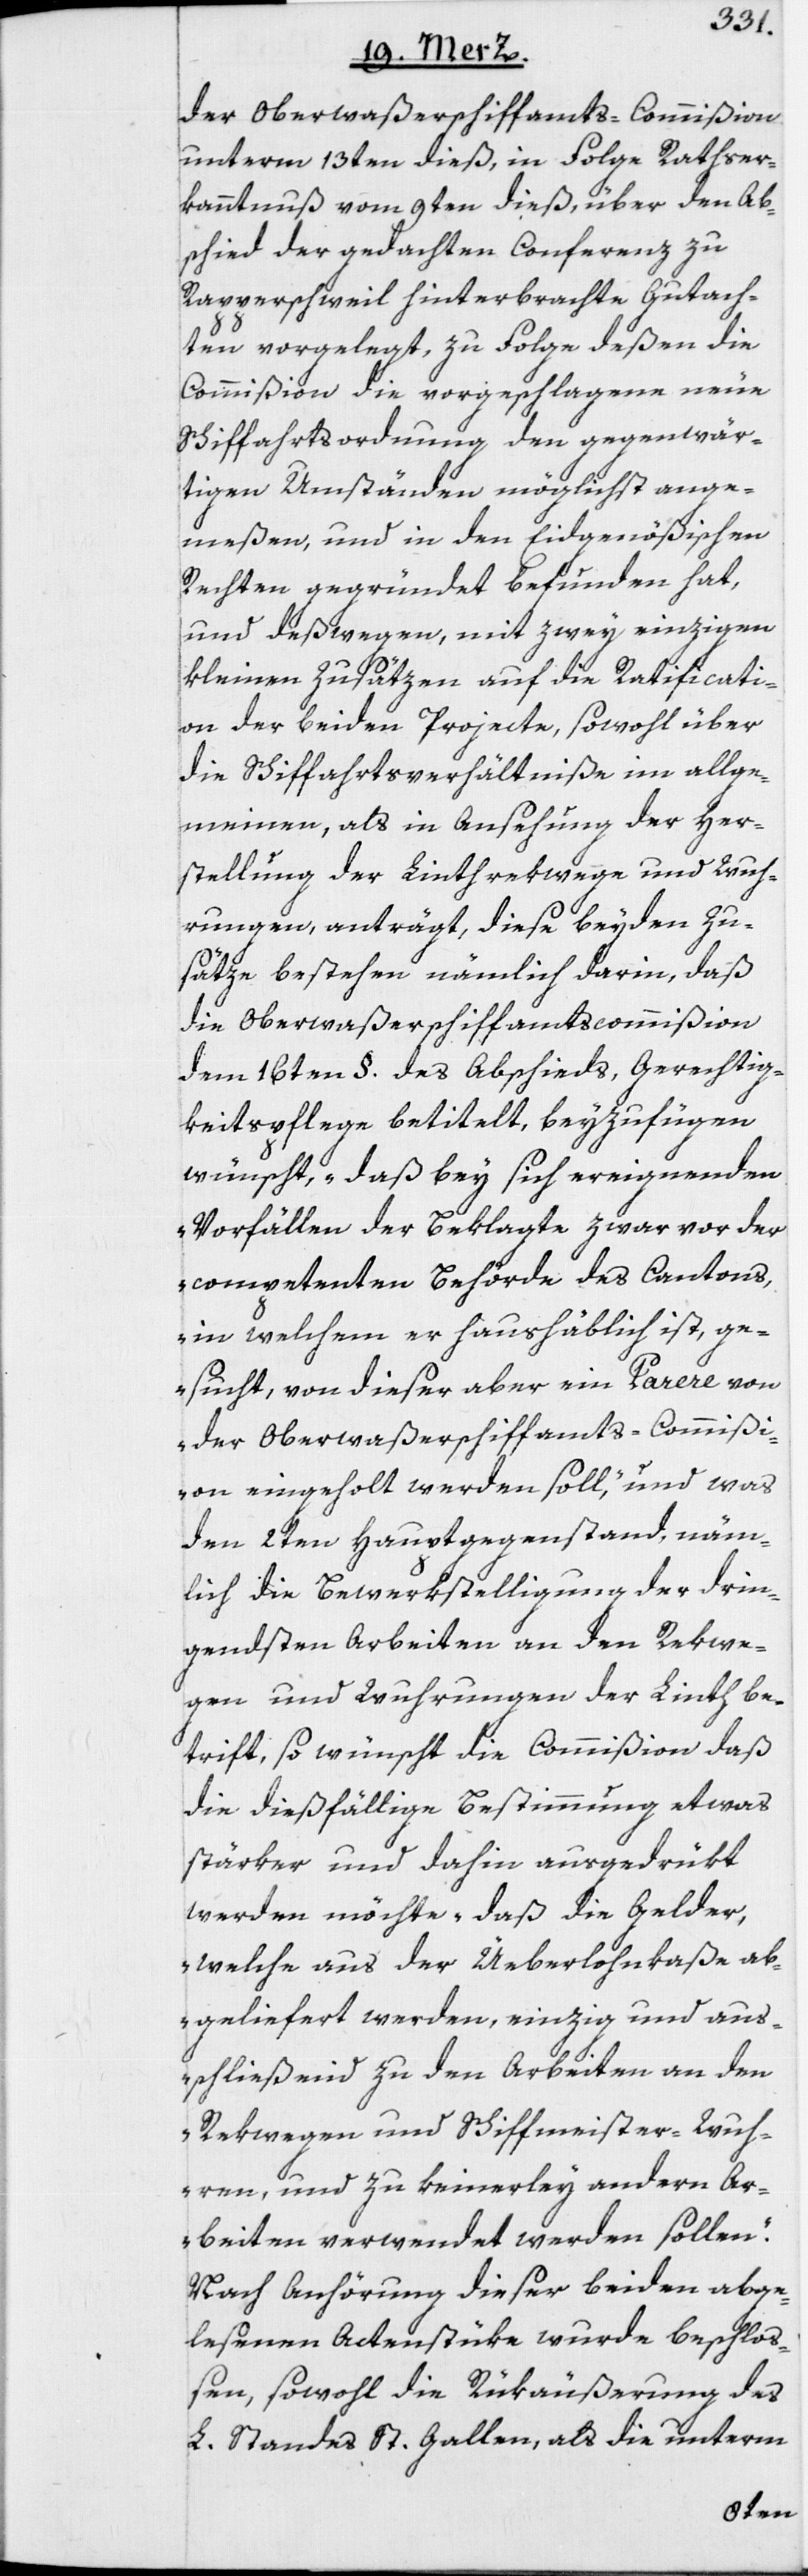
der Oberwaßerschiffamts-Commißion
unterm 13ten dieß, in Folge Rathser¬
kanntnuß vom 9ten dieß, über den Ab¬
schied der gedachten Conferenz zu
Rapperschweil hinterbrachte Gutach¬
ten vorgelegt, zu Folge deßen die
Commißion die vorgeschlagene neue
Schiffahrtsordung den gegenwär¬
tigen Umständen möglichst ange¬
meßen, und in den Eidgenößischen
Rechten gegründet befunden hat,
und deßwegen, mit zwey einzigen
kleinen Zusätzen auf die Ratificati¬
on der beiden Projecte, sowohl über
die Schiffahrtsverhältniße im allge¬
meinen, als in Ansehung der Her¬
stellung der Linthrekwege und Wuh¬
rungen, anträgt, diese beyden Zu¬
sätze bestehen nämlich darin, daß
die Oberwaßerschiffamtscommißion
dem 16ten §. des Abschieds, Gerechtig¬
keitspflege betitelt, beyzufügen
wünscht, „daß bey sich ereignenden
Vorfällen der Beklagte zwar vor der
competenten Behörde des Cantons,
in welchem er haushäblich ist, ge¬
sucht, von dieser aber ein Parere von
der Oberwaßerschiffamts-Commißi¬
on eingeholt werden soll,“ und was
den 2ten Hauptgegenstand, näm¬
lich die Bewerkstelligung der drin¬
gendsten Arbeiten an den Rekwe¬
gen und Wuhrungen der Linth be¬
trift, so wünscht die Commißion daß
die dießfällige Bestimmung etwas
stärker und dahin ausgedrükt
werden möchte „daß die Gelder,
welche aus der Überlohnkaße ab¬
geliefert werden, einzig und aus¬
schließend zu den Arbeiten an den
Rekwegen und Schiffmeister-Wuh¬
ren, und zu keinerley andern Ar¬
beiten verwendet werden sollen.“
Nach Anhörung dieser beiden abge¬
lesenen Actenstüke wurde beschloß¬
en, sowohl die Rükäußerung des
L. Standes St. Gallen, als die unterm